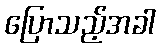
ပြောသည့်အခါ